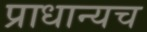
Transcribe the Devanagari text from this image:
प्राधान्यच